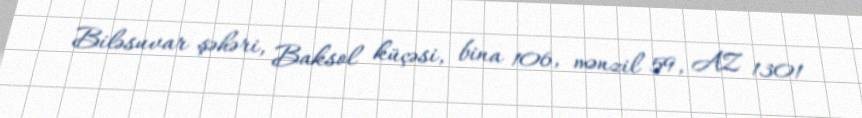
Biləsuvar şəhəri, Baksol küçəsi, bina 106, mənzil 59, AZ 1301